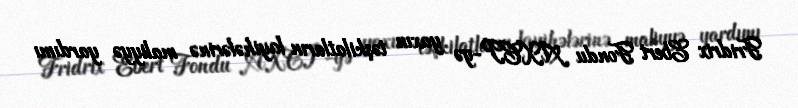
Fridrix Ebert Fondu AXCP-yə yaxın təşkilatların layihələrinə maliyyə yardımı